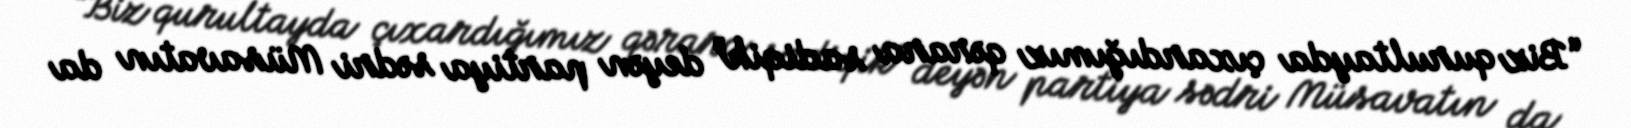
“Biz qurultayda çıxardığımız qərara sadiqik” deyən partiya sədri Müsavatın da